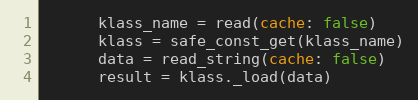
Language: Ruby
      klass_name = read(cache: false)
      klass = safe_const_get(klass_name)
      data = read_string(cache: false)
      result = klass._load(data)